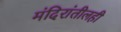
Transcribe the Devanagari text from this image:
मंदिरांतीलही